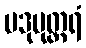
ပဒုမုတ္တရံ